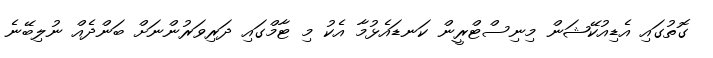
ގޮތުގައި އެޑިއުކޭޝަން މިނިސްޓްރީން ކަނޑައެޅުމާ އެކު މި ޓާމްގައި ދަރިވަރުންނަށް ބަންދެއް ނުލިބޭނެ